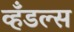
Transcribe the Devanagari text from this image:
व्हँडल्स